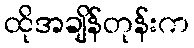
ထိုအချိန်တုန်းက